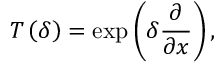
T \left( \delta \right) = \exp \left( \delta \frac { \partial } { \partial x } \right) ,